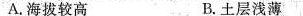
A.海拔较高 B.土层浅薄